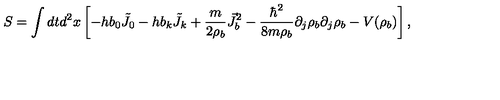
S = \int d t d ^ { 2 } x \left[ - h b _ { 0 } { \tilde { J } } _ { 0 } - h b _ { k } { \tilde { J } } _ { k } + \frac { m } { 2 \rho _ { b } } { \vec { J } } _ { b } ^ { 2 } - \frac { \hbar ^ { 2 } } { 8 m \rho _ { b } } \partial _ { j } \rho _ { b } \partial _ { j } \rho _ { b } - V ( \rho _ { b } ) \right] ,